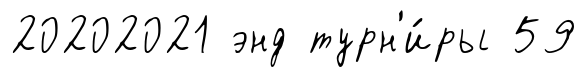
20202021 энд турн'и́ры 59